Bréfritari: Ásgeir Tryggvi Friðgeirsson
Dagsetning: A-1910-10-03
Skrifað á: Vesturheimi

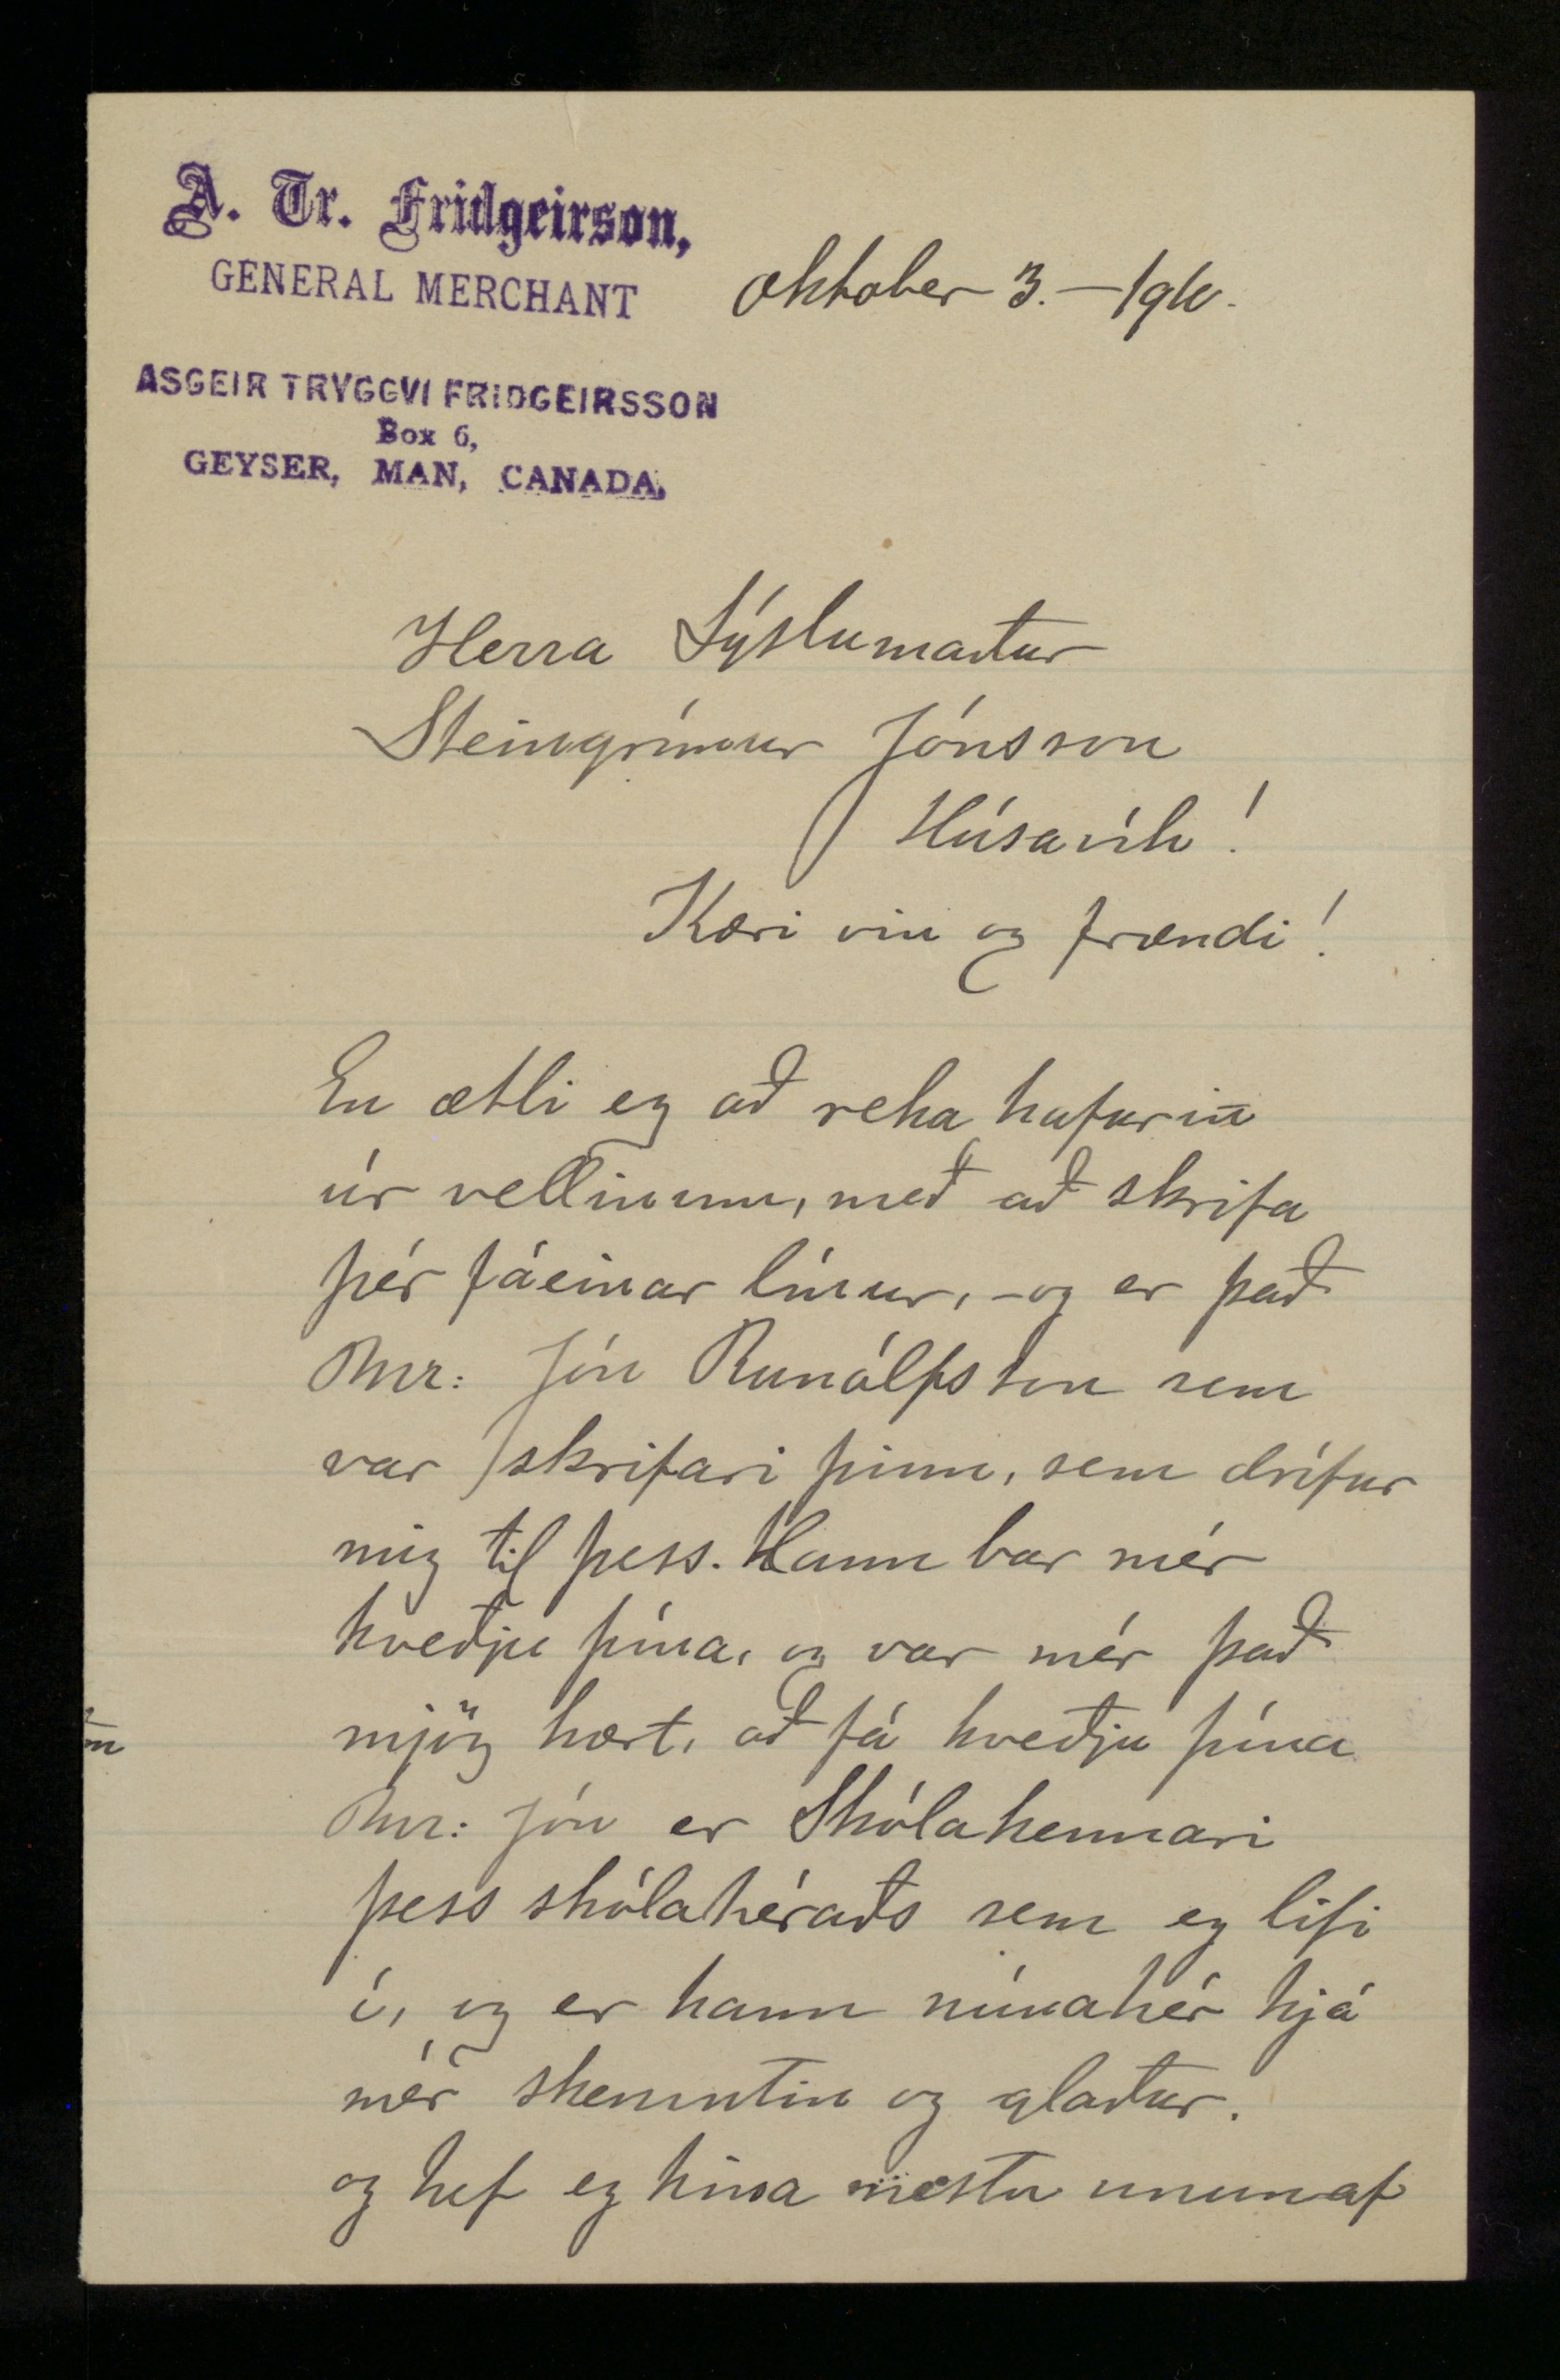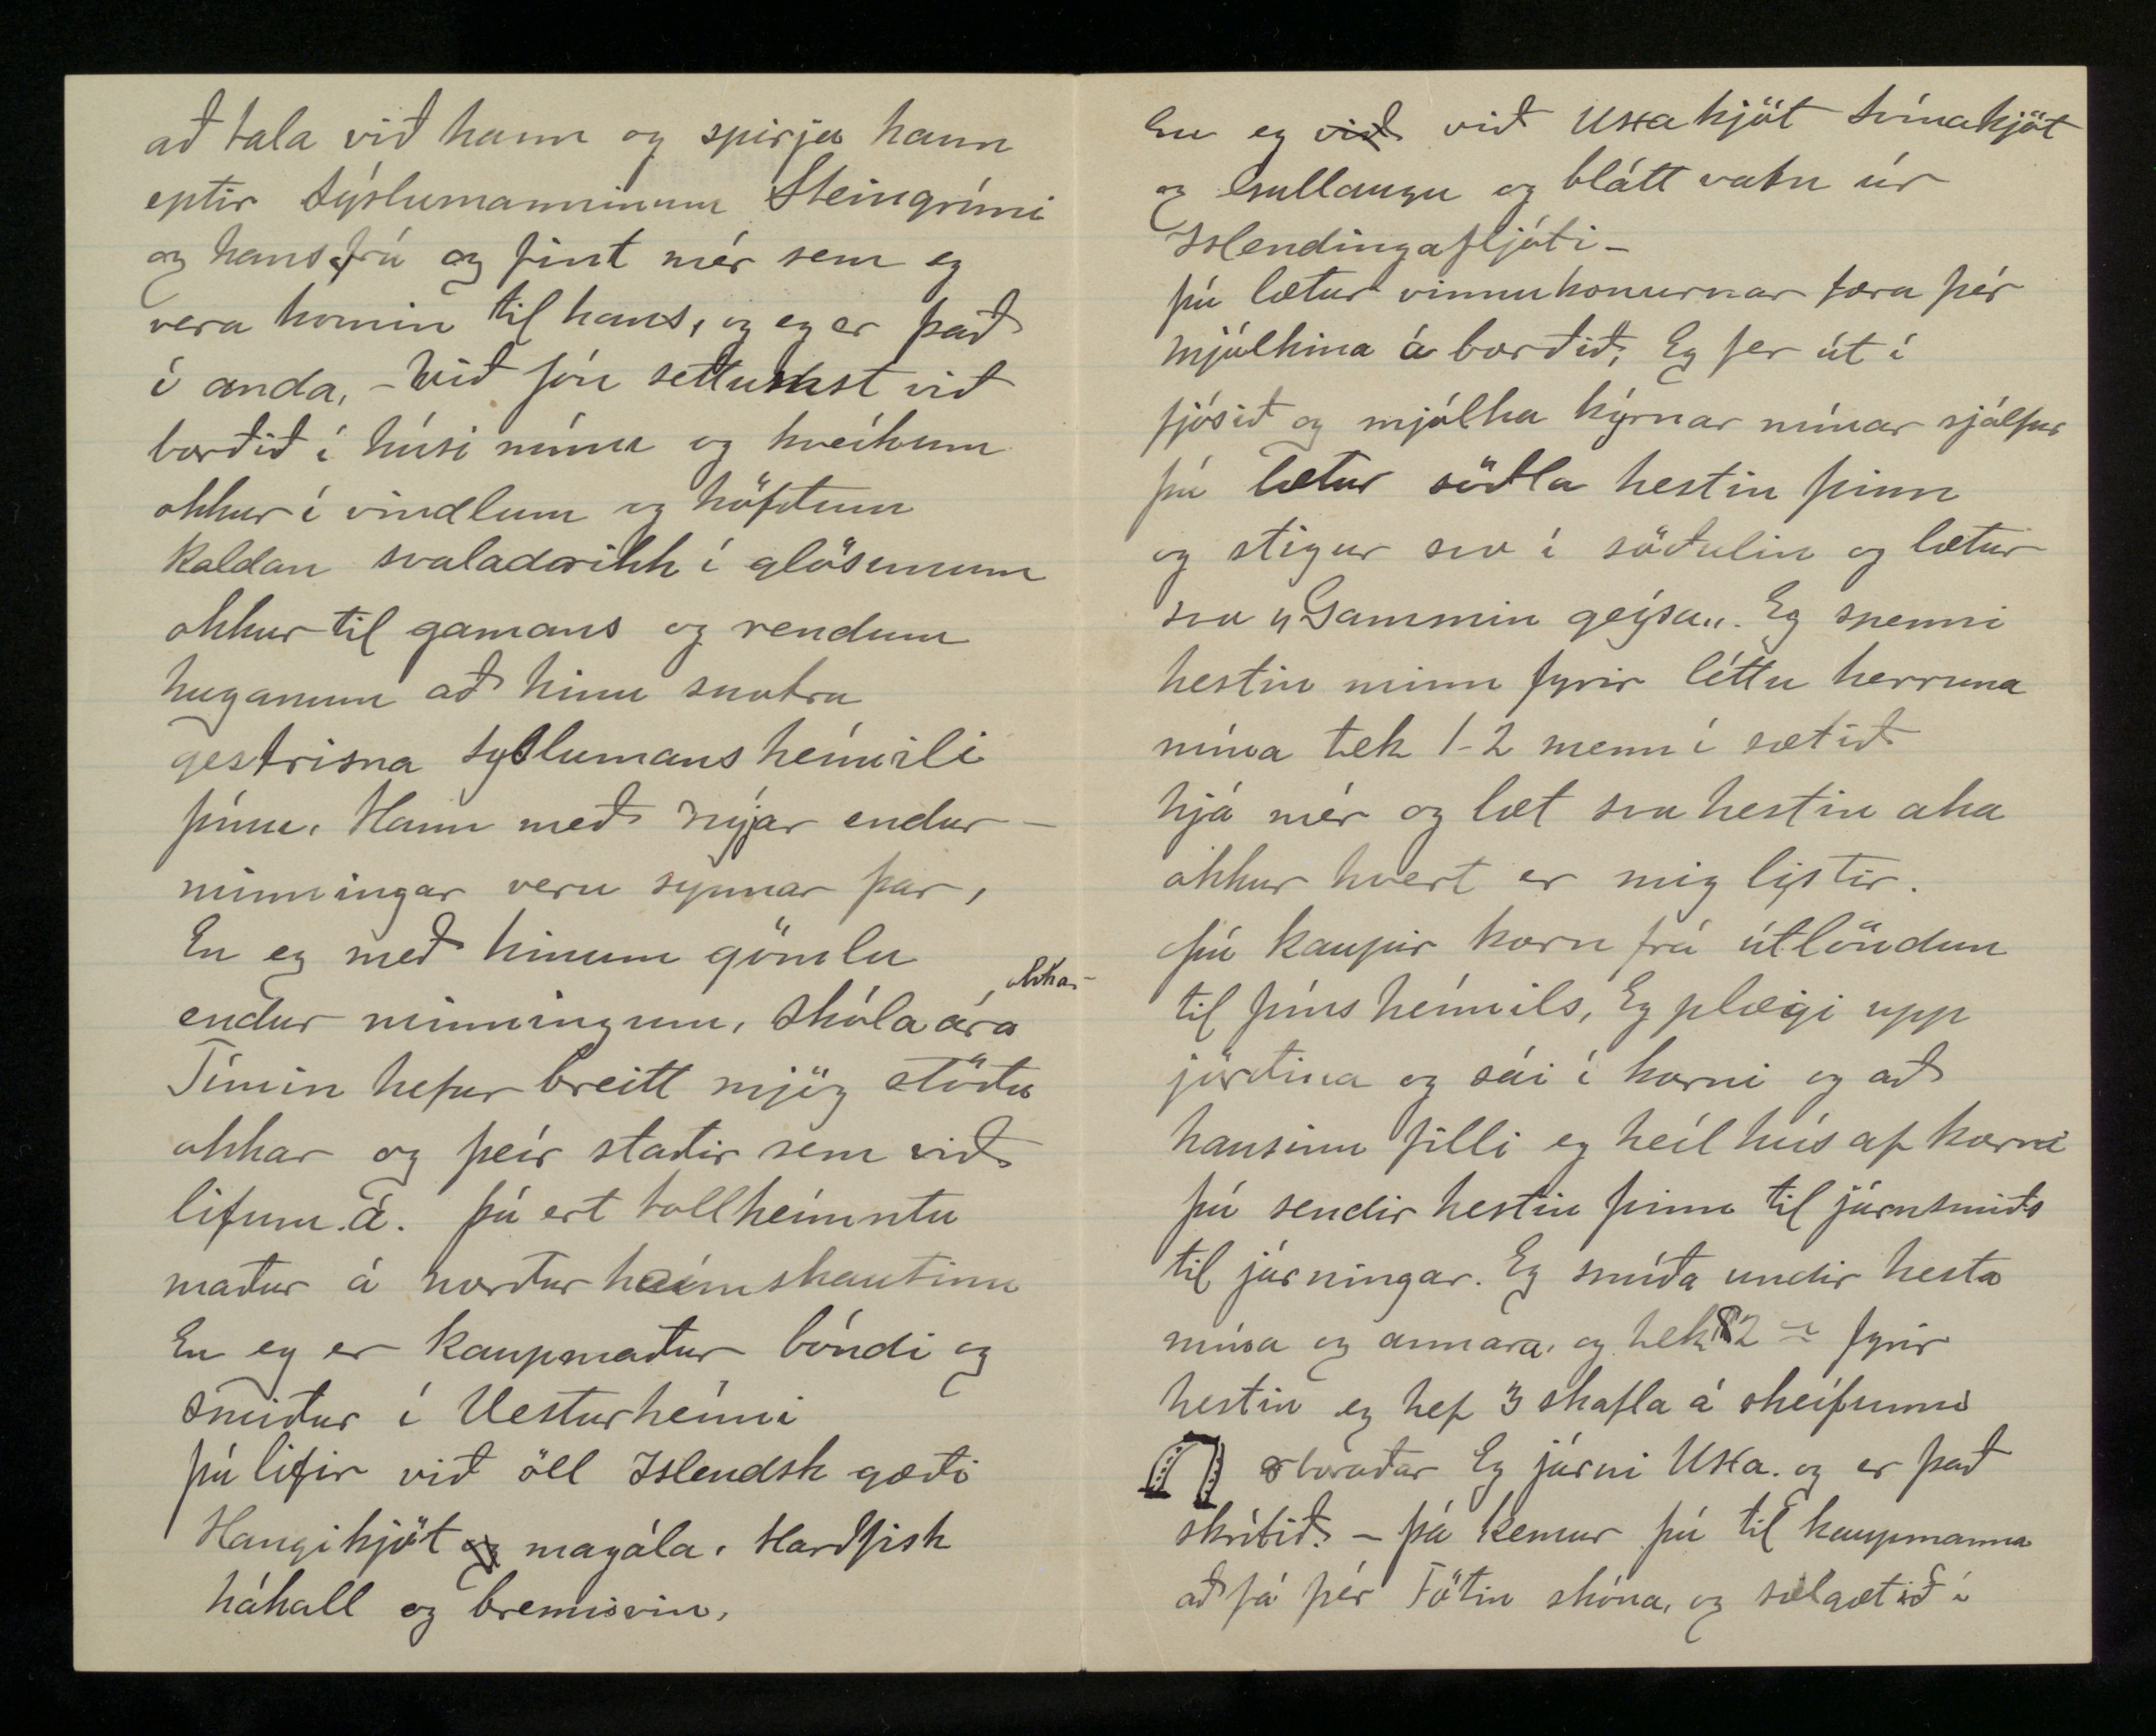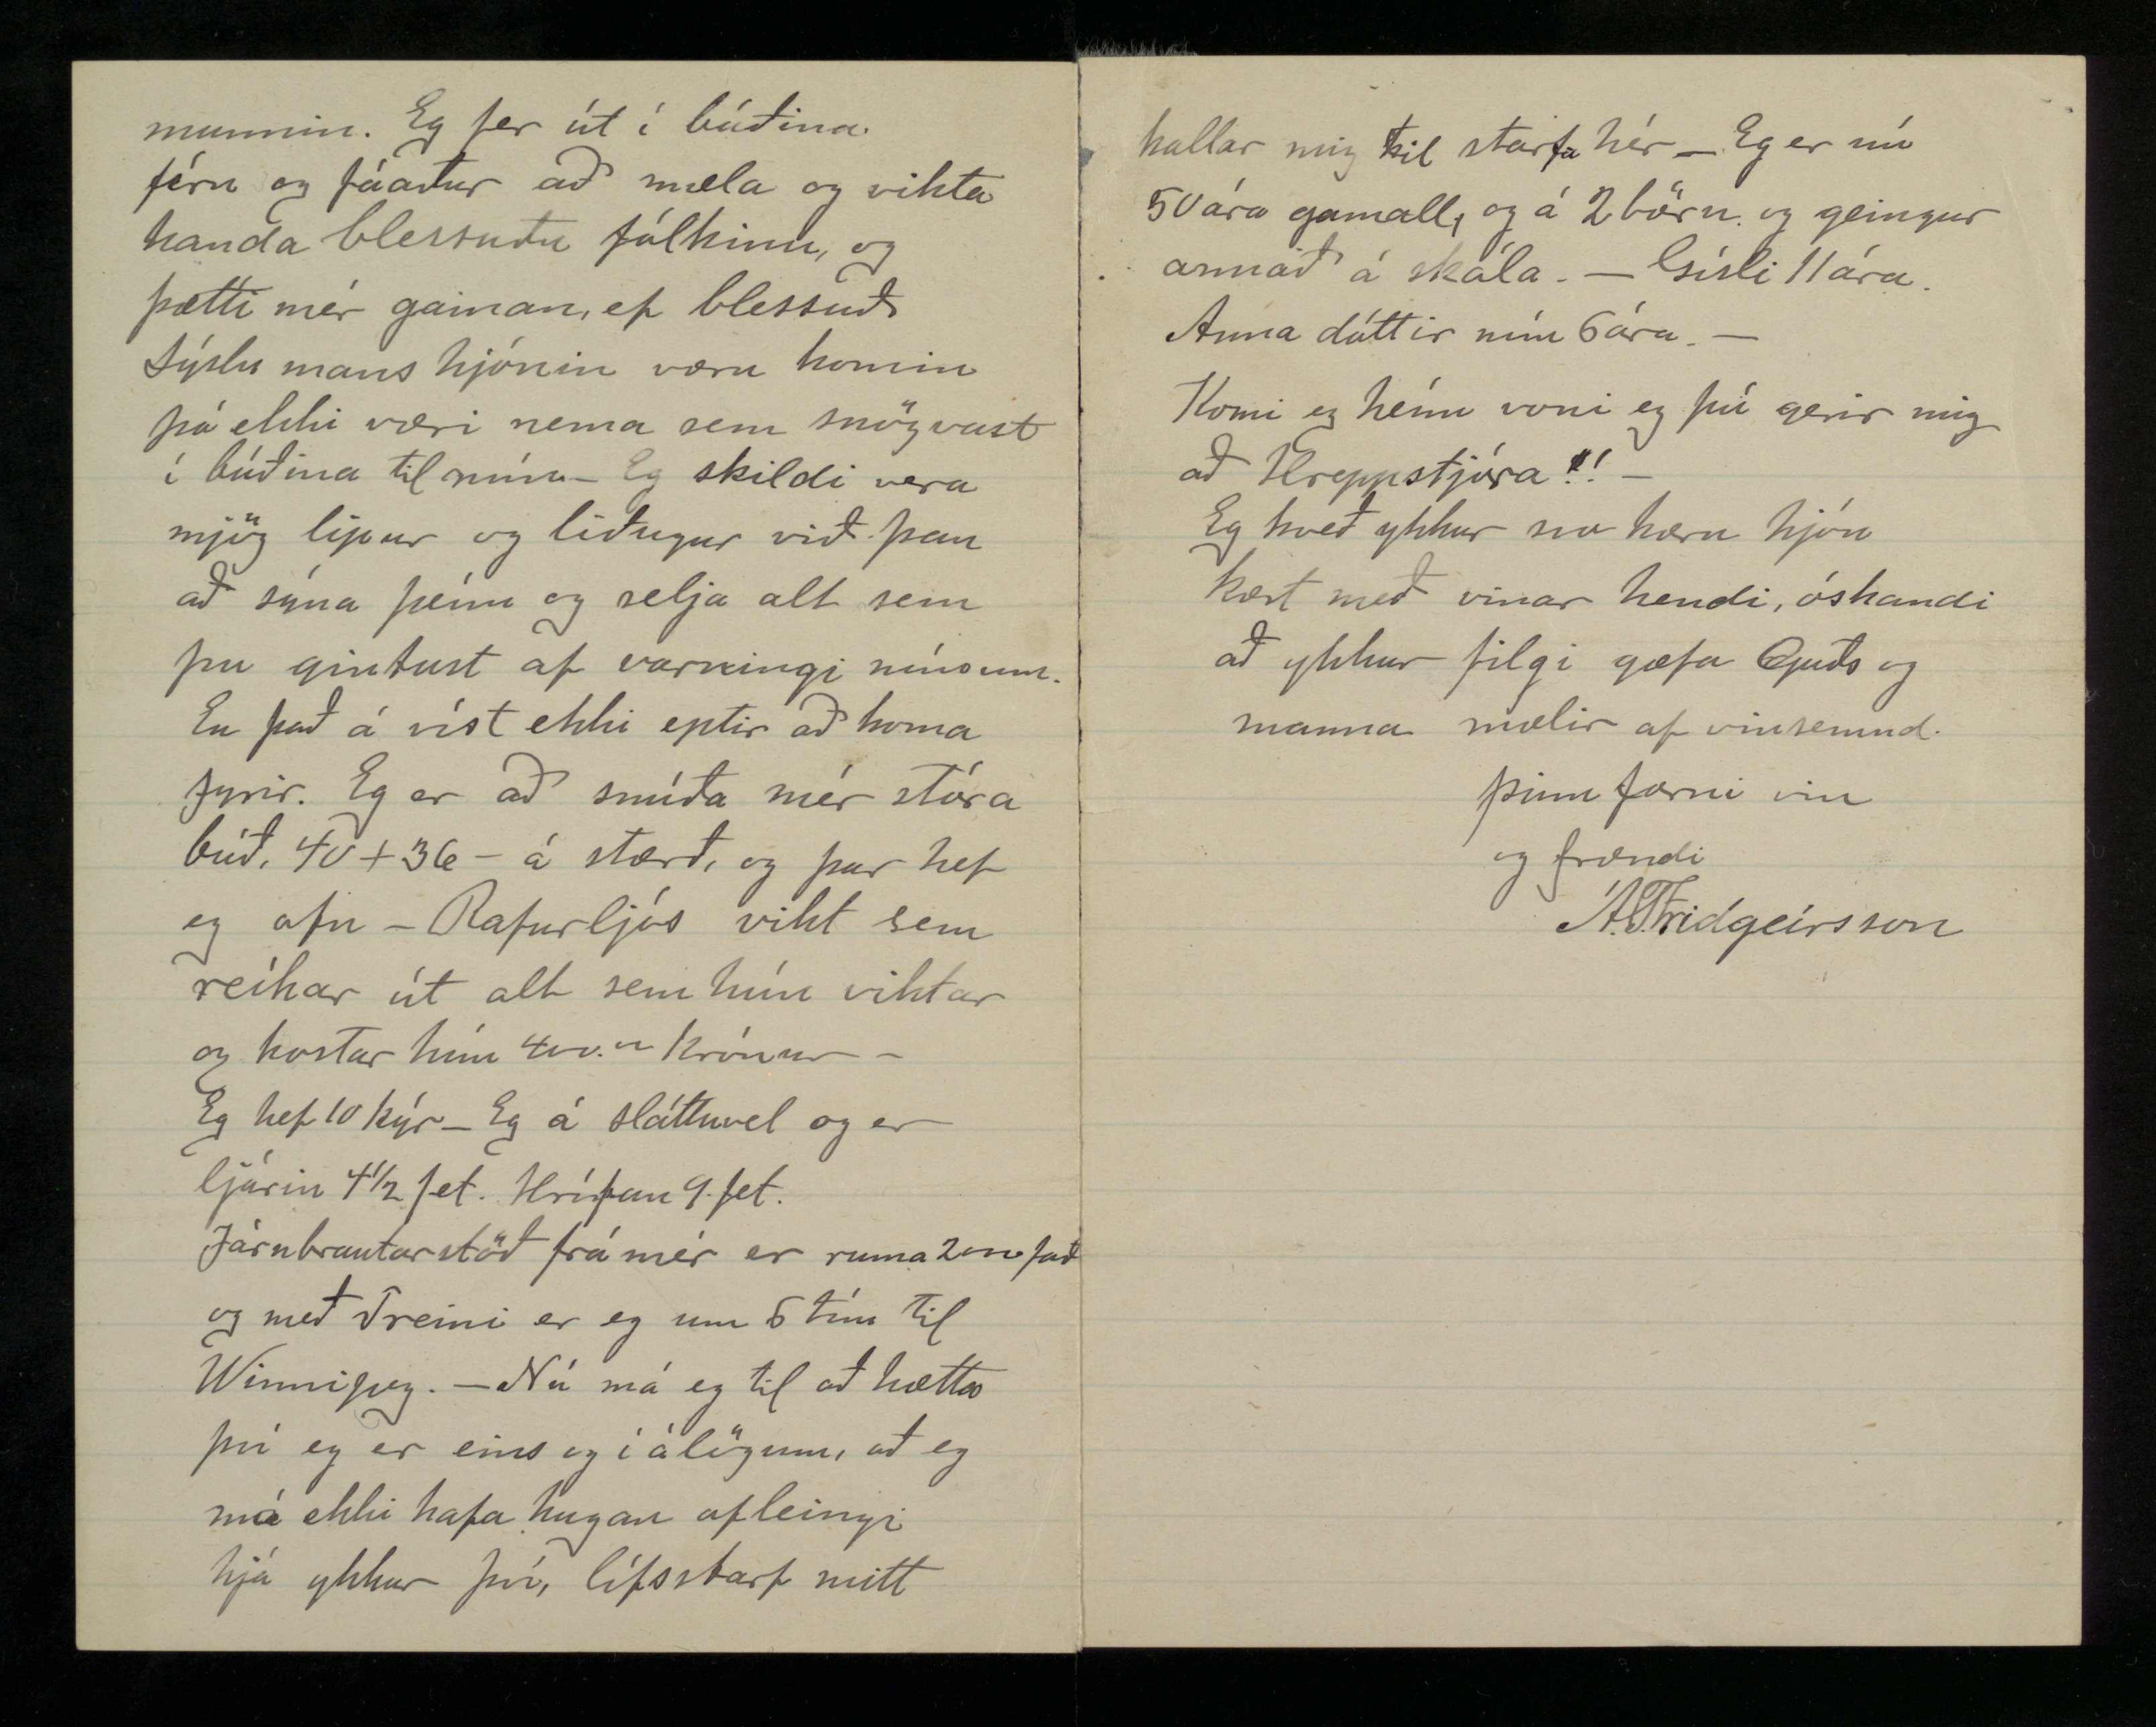

Oktober 3. - 1910.
Herra Sýslumaður Steingrímur Jónsson Húsavík!
Kæri vin og frændi!
En ætli eg að reika hafurin úr vellinum, með að skrifa þér fáeinar línur, - og er það Mr: Jón Runólfsson sem var skrifari þinn, sem drífur mig til þess. Hann bar mér kveðju þína, og var mér það mjög kært, að fá kveðju þína Mr: Jón er Skólakennari þess skólahéraðs sem eg lifi í, og er hann núna hér hjá mér skemmtin og glaður. og hef eg hina mestu unun af
að tala við hann og spirja hann eptir Sýslumanninum Steingrími og hans frú og fint mér sem eg vera komin til hans, og eg er það í anda, - við Jón settumst við borðið í húsi mínu og kveikum okkur í vindlum og höfðum kaldan svaladrikk í glösunum okkur til gamans og rendum huganum að hinu snotra gestrisna Syslumans heímili þínu, Hann með nýjar endurminningar veru synnar þar, En eg með hinum gömlu endur minningum, Skólaára
okkar
Tíminn hefur breitt mjög stöðu okkar og þeir staðir sem við lifum á. þú ert tollheimtu maður á norður heimskautinu En eg er kaupmaður bóndi og smiður í Uesturheimi þú lifir við öll Islendsk gæði Hangikjöt
og
magála, Harðfisk hákall og brennivin.
En eg
við
við uxakjöt Svínakjöt og Gullaugu og blátt vatn úr Islendingafljóti -
þú lætur vinnukonurnar færa þér mjólkina á borðið, Eg fer út í fjósið og mjólka kýrnar mínar sjálfur þú lætur söðla hestin þinn og stigur svo í söðulin og lætur svo „Gammin geysa„. Eg spenni hestin minn fyrir léttu kerruna mína tek 1-2 menn í sætið hjá mér og læt svo hestin aka okkur hvert er mig listir. þú kaupir korn frá útlöndum til þíns heimilis, Eg plægi upp jörðina og sái í korni og að hausinu filli eg heíl hús af korni þú sendir hestin þinn til járnsmiðs til járningar. Eg smíða undir hesta mína og annara og hefi $2 0 fyrir hestin eg hef 3 skafla á skeifunni 8
hraðar
Eg járni Uxa. og er það skrítið. - þá kemur þú til kaupmanna að fá þér Fötin skóna og sælgætiið í
munnin. Eg fer út í búðina. fírn og fáaður að mæla og vikta handa blessuðu fólkinu, og þætti mér gaman ef blessuð Sýslumanshjónin væru komin þó ekki væri nema sem snögvast í búðina til mín - Eg skildi vera mjög lipur og liðugur við þau að sýna þeím og selja alt sem þu gintust af varningi mínum. En það á víst ekki eptir að koma fyrir. Eg er að smíða mér stóra búð, 40 + 36 - á stærð, og þar hef eg ofn - Rafurljós vikt sem reiknar út alt sem hún viktar og kostar hún 400 krónur -
Eg hef 10 kýr - Eg á sláttuvel og er ljárin 4 1/2 fet. Hrífan 9 fet. Járnbrautarstöð frá mér er ruma 2000 faðma og með Treini er er eg um 6 tíma til Winnipeg. - Nú má eg til að hætta því eg er eins og í álögum, að eg má ekki hafa hugan ofleingi hjá ykkur því, lífsstarf mitt
kallar mig til starfa hér - Eg er nú 50 gamall, og á 2 börn og geingur annað á skóla. - Gísli 11 ára. Anna dóttir mín 6 ára. -
Komi eg heím voni eg þú gerir mig að Hreppstjóra!! -
Eg kveð ykkur svo kæru hjón kært með vinar hendi, óskandi að ykkur filgi gæfa Guðs og manna mælir af vinsemd
Þinn forni vin og frændi
Á.T.Fridgeirsson